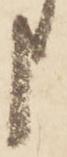
申